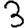
Digit: 3